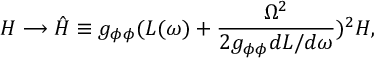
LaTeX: { \cal H } \longrightarrow \hat { { \cal H } } \equiv g _ { \phi \phi } ( L ( \omega ) + \frac { \Omega ^ { 2 } } { 2 g _ { \phi \phi } d L / d \omega } ) ^ { 2 } { \cal H } ,